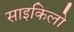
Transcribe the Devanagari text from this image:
साइकिलो